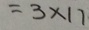
= 3 \times 1 1